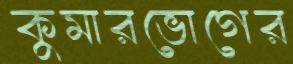
কুমারভোগের